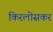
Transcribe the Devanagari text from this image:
किरलोसकर